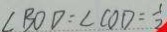
\angle B O D = \angle C O D = \frac { 1 } { 2 }